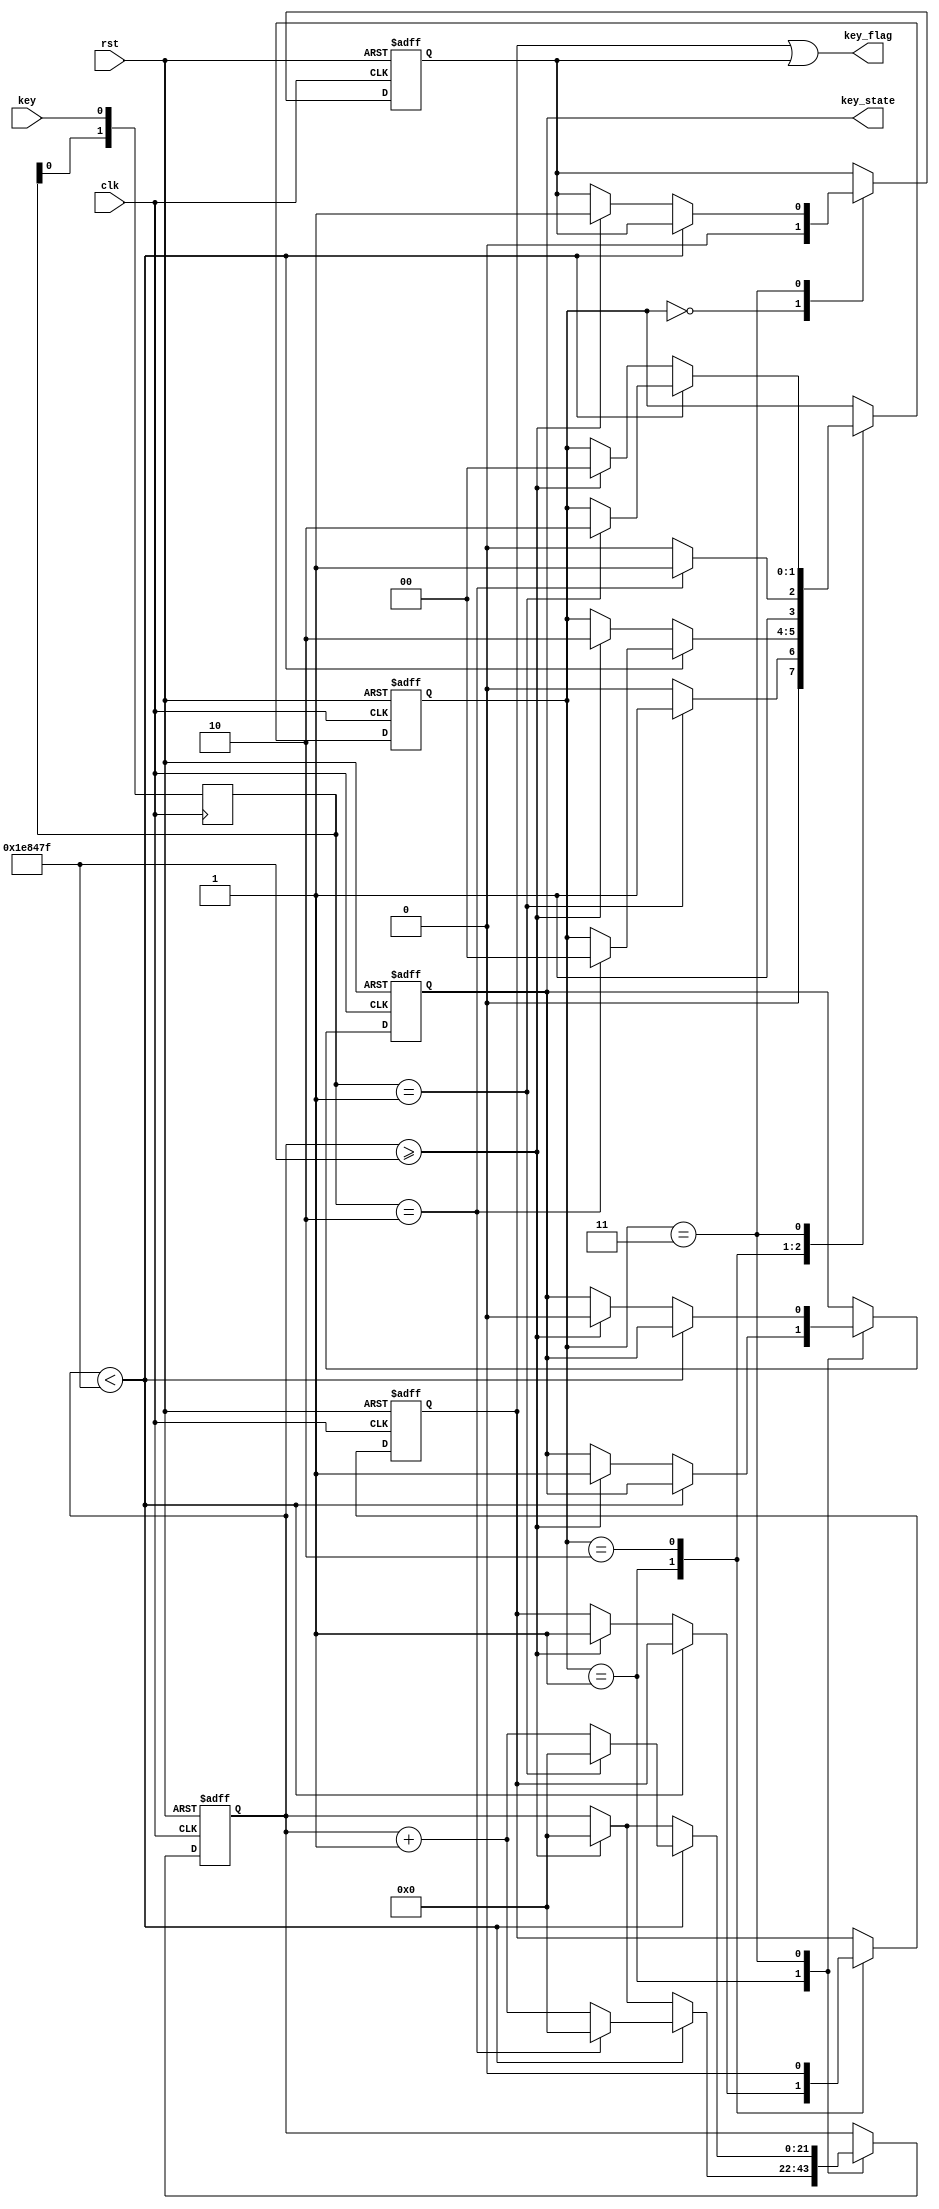
`timescale 1ns / 1ps
//////////////////////////////////////////////////////////////////////////////////
// Company: 
// Engineer: 
// 
// Design Name: 
// Module Name: debounce2
// Project Name: 
// Target Devices: 
// Tool Versions: 
// Description: 
// 
// Dependencies: 
// 
// Revision:
// Revision 0.01 - File Created
// Additional Comments:
// 
//////////////////////////////////////////////////////////////////////////////////


module debounce2(
    input clk,
    input rst,
    input key,
    output key_flag, //when the key is viberating
    output reg key_state //the wave after debouncing
    );
    
    reg key_pflag; //
    reg key_rflag;
    assign key_flag = (key_pflag | key_rflag);
    reg [1:0] r_key; //
    
    //every posclk, rkey1 is the last state, rkey0 is the current key(state
    always@(posedge clk)
        r_key <= {r_key[0], key};
    
    
    wire pos_key;
    wire neg_key;
    
    //neg_key: last state is 1, next state is 0
    //pos_key: last state is 0, next state is 1
    assign neg_key = (r_key == 2'b10);
    assign pos_key = (r_key == 2'b01);
    
    reg[21:0] cnt;
    reg[1:0] state;
    
    //idle is when the key is always 0
    //p_filter is when the first posedge of key comes
    //wait_r is to wait for the negedge
    //n_filter is when the first negedge of key comes
    parameter idle = 2'b00, p_filter = 2'b01, wait_r = 2'b10, n_filter = 2'b11;
    parameter TIME = 2_000_000;
    
    
    //transition among 4 states( the scripts is on the paper
    always@(posedge clk, posedge rst) begin
        if(rst) begin
            state <= idle;
            cnt <= 0;
            key_pflag <= 0;
            key_rflag <= 0;
            key_state <= 0;
        end else begin
            case(state)
                idle: begin
                    key_rflag <= 0;
                    if(pos_key)
                        state <= p_filter;
                    else
                        state <= idle;
                end
                p_filter: begin
                    if(cnt < TIME -1) begin
                        if(neg_key) begin
                            state <= idle;
                            cnt <= 0;
                        end else
                            cnt <= cnt +1;
                    end else if(cnt >= TIME -1) begin
                        key_pflag <= 1;
                        state <= wait_r;
                        cnt <= 0;  
                        key_state <= 1;
                    end
                end
                wait_r: begin
                    key_pflag <= 0;
                    if(neg_key)
                        state <= n_filter;
                    else
                        state <= wait_r;
                end
                n_filter: begin
                if(cnt < TIME -1) begin
                    if(pos_key) begin
                        state <= wait_r;
                        cnt <= 0;
                    end else
                        cnt <= cnt +1;
                end else if(cnt >= TIME -1) begin
                    key_rflag <= 1;
                    state <= idle;
                    cnt <= 0;
                    key_state <= 0;
                end 
            end
        endcase
    end
end
            
endmodule